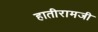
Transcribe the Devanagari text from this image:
हातीरामजी